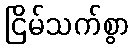
ငြိမ်သက်စွာ